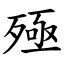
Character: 殛